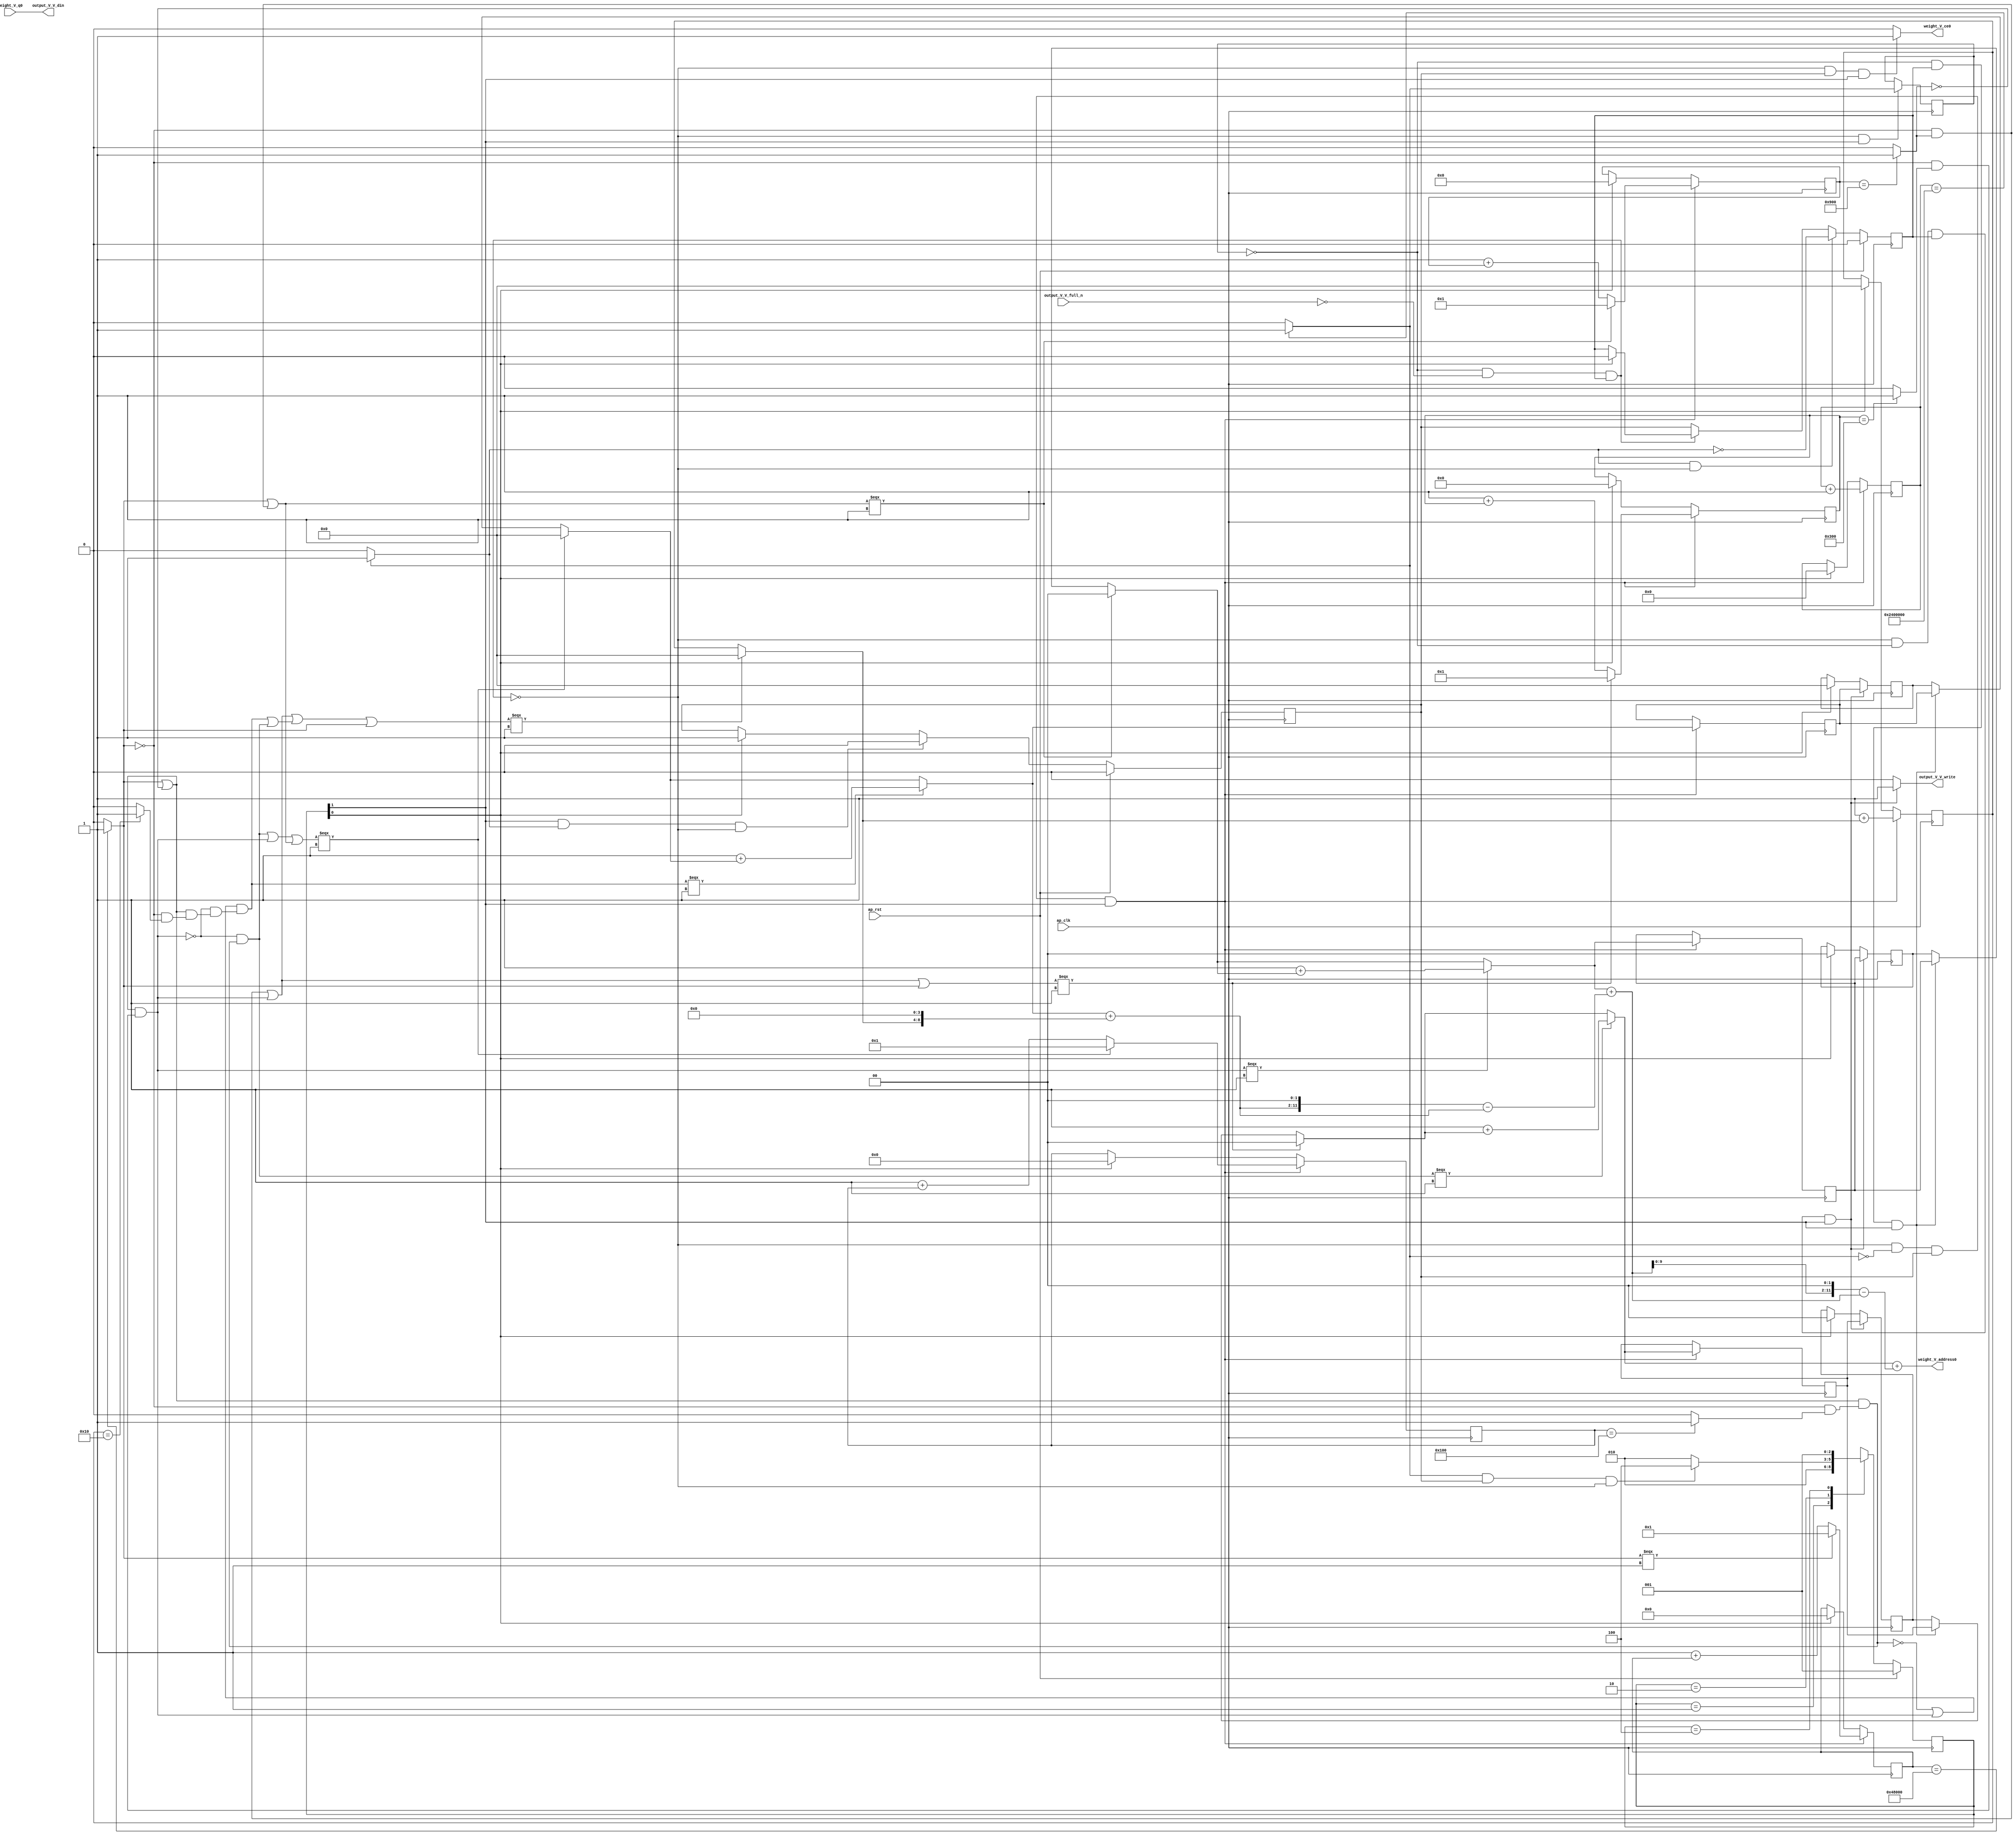
// ==============================================================
// RTL generated by Vivado(TM) HLS - High-Level Synthesis from C, C++ and SystemC
// Version: 2017.4
// Copyright (C) 1986-2017 Xilinx, Inc. All Rights Reserved.
// 
// ===========================================================

`timescale 1 ns / 1 ps 

(* CORE_GENERATION_INFO="weight_s_6,hls_ip_2017_4,{HLS_INPUT_TYPE=cxx,HLS_INPUT_FLOAT=0,HLS_INPUT_FIXED=1,HLS_INPUT_PART=xczu9eg-ffvb1156-2-e,HLS_INPUT_CLOCK=10.000000,HLS_INPUT_ARCH=others,HLS_SYN_CLOCK=8.593250,HLS_SYN_LAT=37748738,HLS_SYN_TPT=none,HLS_SYN_MEM=0,HLS_SYN_DSP=0,HLS_SYN_FF=108,HLS_SYN_LUT=826}" *)

module weight_s_6 (
        ap_clk,
        ap_rst,
        output_V_V_din,
        output_V_V_full_n,
        output_V_V_write,
        weight_V_address0,
        weight_V_ce0,
        weight_V_q0
);

parameter    ap_ST_fsm_state1 = 3'd1;
parameter    ap_ST_fsm_pp0_stage0 = 3'd2;
parameter    ap_ST_fsm_state4 = 3'd4;

input   ap_clk;
input   ap_rst;
output  [7:0] output_V_V_din;
input   output_V_V_full_n;
output   output_V_V_write;
output  [11:0] weight_V_address0;
output   weight_V_ce0;
input  [7:0] weight_V_q0;

reg output_V_V_write;
reg weight_V_ce0;

reg    output_V_V_blk_n;
(* fsm_encoding = "none" *) reg   [2:0] ap_CS_fsm;
wire    ap_CS_fsm_pp0_stage0;
reg    ap_enable_reg_pp0_iter1;
wire    ap_block_pp0_stage0;
reg   [0:0] exitcond_flatten4_reg_638;
reg   [25:0] indvar_flatten1_reg_126;
reg   [19:0] indvar_flatten2_reg_137;
reg   [11:0] indvar_flatten3_reg_148;
reg   [1:0] hkern_reg_159;
reg   [10:0] indvar_flatten4_reg_170;
reg   [1:0] wkern_reg_181;
reg   [9:0] indvar_flatten_reg_192;
reg   [4:0] pkern_reg_203;
reg   [4:0] pout_reg_214;
wire   [0:0] exitcond_flatten4_fu_225_p2;
wire    ap_block_state2_pp0_stage0_iter0;
reg    ap_block_state3_pp0_stage0_iter1;
reg    ap_block_pp0_stage0_11001;
wire   [25:0] indvar_flatten_next4_fu_231_p2;
reg    ap_enable_reg_pp0_iter0;
wire   [1:0] tmp_mid2_fu_367_p3;
reg   [1:0] tmp_mid2_reg_647;
wire   [1:0] tmp_2_mid2_fu_423_p3;
reg   [1:0] tmp_2_mid2_reg_652;
wire   [4:0] tmp_4_mid2_fu_485_p3;
reg   [4:0] tmp_4_mid2_reg_657;
wire   [4:0] pout_1_fu_576_p2;
wire   [9:0] indvar_flatten_next_fu_588_p3;
wire   [10:0] indvar_flatten_next1_fu_602_p3;
wire   [11:0] indvar_flatten_next2_fu_616_p3;
wire   [19:0] indvar_flatten_next3_fu_630_p3;
wire    ap_CS_fsm_state1;
reg    ap_block_pp0_stage0_subdone;
reg    ap_condition_pp0_exit_iter0_state2;
reg   [1:0] ap_phi_mux_hkern_phi_fu_163_p4;
reg   [1:0] ap_phi_mux_wkern_phi_fu_185_p4;
reg   [4:0] ap_phi_mux_pkern_phi_fu_207_p4;
wire   [63:0] tmp_22_cast_fu_571_p1;
reg    ap_block_pp0_stage0_01001;
wire   [0:0] exitcond_flatten_fu_237_p2;
wire   [0:0] exitcond_fu_249_p2;
wire   [0:0] not_exitcond_flatten_fu_243_p2;
wire   [0:0] exitcond_flatten1_fu_261_p2;
wire   [0:0] exitcond_flatten2_fu_273_p2;
wire   [0:0] exitcond_flatten3_fu_285_p2;
wire   [0:0] exitcond_flatten39_m_fu_291_p2;
wire   [0:0] tmp_3_fu_297_p2;
wire   [0:0] exitcond_flatten39_n_fu_311_p2;
wire   [0:0] exitcond_mid_fu_255_p2;
wire   [0:0] not_exitcond_flatten_1_fu_317_p2;
wire   [0:0] exitcond_flatten_mid_fu_267_p2;
wire   [0:0] exitcond_flatten15_m_fu_279_p2;
wire   [1:0] hkern_mid_fu_303_p3;
wire   [0:0] exitcond_flatten15_m_1_fu_335_p2;
wire   [0:0] tmp_8_fu_347_p2;
wire   [0:0] tmp_fu_353_p2;
wire   [1:0] hkern_1_fu_341_p2;
wire   [0:0] exitcond_mid1_fu_323_p2;
wire   [0:0] not_exitcond_flatten_2_fu_379_p2;
wire   [0:0] exitcond_flatten_mid_3_fu_329_p2;
wire   [1:0] wkern_mid1_fu_359_p3;
wire   [0:0] exitcond_flatten_mid_4_fu_391_p2;
wire   [0:0] tmp_s_fu_403_p2;
wire   [0:0] tmp_2_fu_409_p2;
wire   [1:0] wkern_1_fu_397_p2;
wire   [0:0] exitcond_flatten_mid_5_fu_435_p2;
wire   [0:0] exitcond_mid2_fu_385_p2;
wire   [0:0] not_exitcond_flatten_3_fu_441_p2;
wire   [4:0] pkern_mid1_fu_415_p3;
wire   [0:0] exitcond_mid3_fu_447_p2;
wire   [0:0] tmp_4_fu_459_p2;
wire   [0:0] tmp_5_fu_465_p2;
wire   [0:0] tmp_6_fu_471_p2;
wire   [4:0] pkern_1_fu_453_p2;
wire   [4:0] pout_mid2_fu_477_p3;
wire   [8:0] tmp_7_fu_497_p3;
wire   [9:0] tmp_4_mid2_cast_fu_493_p1;
wire   [9:0] tmp_15_cast_fu_505_p1;
wire   [9:0] tmp_9_fu_509_p2;
wire   [11:0] tmp_10_fu_519_p3;
wire   [63:0] p_shl9_fu_527_p1;
wire   [63:0] tmp_16_cast_fu_515_p1;
wire   [63:0] tmp_mid2_cast_fu_375_p1;
wire   [63:0] tmp_11_fu_531_p2;
wire   [63:0] tmp_12_fu_537_p2;
wire   [10:0] tmp_14_fu_547_p1;
wire   [12:0] p_shl_cast_fu_551_p3;
wire   [12:0] tmp_13_fu_543_p1;
wire   [12:0] tmp_2_mid2_cast_fu_431_p1;
wire   [12:0] tmp_15_fu_559_p2;
wire   [12:0] tmp_16_fu_565_p2;
wire   [9:0] indvar_flatten_op_fu_582_p2;
wire   [10:0] indvar_flatten13_op_fu_596_p2;
wire   [11:0] indvar_flatten37_op_fu_610_p2;
wire   [19:0] indvar_flatten71_op_fu_624_p2;
reg   [2:0] ap_NS_fsm;
reg    ap_idle_pp0;
wire    ap_enable_pp0;

// power-on initialization
initial begin
#0 ap_CS_fsm = 3'd1;
#0 ap_enable_reg_pp0_iter1 = 1'b0;
#0 ap_enable_reg_pp0_iter0 = 1'b0;
end

always @ (posedge ap_clk) begin
    if (ap_rst == 1'b1) begin
        ap_CS_fsm <= ap_ST_fsm_state1;
    end else begin
        ap_CS_fsm <= ap_NS_fsm;
    end
end

always @ (posedge ap_clk) begin
    if (ap_rst == 1'b1) begin
        ap_enable_reg_pp0_iter0 <= 1'b0;
    end else begin
        if (((1'b1 == ap_CS_fsm_pp0_stage0) & (1'b1 == ap_condition_pp0_exit_iter0_state2) & (1'b0 == ap_block_pp0_stage0_subdone))) begin
            ap_enable_reg_pp0_iter0 <= 1'b0;
        end else if ((1'b1 == ap_CS_fsm_state1)) begin
            ap_enable_reg_pp0_iter0 <= 1'b1;
        end
    end
end

always @ (posedge ap_clk) begin
    if (ap_rst == 1'b1) begin
        ap_enable_reg_pp0_iter1 <= 1'b0;
    end else begin
        if (((1'b1 == ap_condition_pp0_exit_iter0_state2) & (1'b0 == ap_block_pp0_stage0_subdone))) begin
            ap_enable_reg_pp0_iter1 <= (1'b1 ^ ap_condition_pp0_exit_iter0_state2);
        end else if ((1'b0 == ap_block_pp0_stage0_subdone)) begin
            ap_enable_reg_pp0_iter1 <= ap_enable_reg_pp0_iter0;
        end else if ((1'b1 == ap_CS_fsm_state1)) begin
            ap_enable_reg_pp0_iter1 <= 1'b0;
        end
    end
end

always @ (posedge ap_clk) begin
    if (((1'b0 == ap_block_pp0_stage0_11001) & (exitcond_flatten4_reg_638 == 1'd0) & (ap_enable_reg_pp0_iter1 == 1'b1) & (1'b1 == ap_CS_fsm_pp0_stage0))) begin
        hkern_reg_159 <= tmp_mid2_reg_647;
    end else if ((1'b1 == ap_CS_fsm_state1)) begin
        hkern_reg_159 <= 2'd0;
    end
end

always @ (posedge ap_clk) begin
    if (((1'b0 == ap_block_pp0_stage0_11001) & (exitcond_flatten4_fu_225_p2 == 1'd0) & (ap_enable_reg_pp0_iter0 == 1'b1) & (1'b1 == ap_CS_fsm_pp0_stage0))) begin
        indvar_flatten1_reg_126 <= indvar_flatten_next4_fu_231_p2;
    end else if ((1'b1 == ap_CS_fsm_state1)) begin
        indvar_flatten1_reg_126 <= 26'd0;
    end
end

always @ (posedge ap_clk) begin
    if (((1'b0 == ap_block_pp0_stage0_11001) & (exitcond_flatten4_fu_225_p2 == 1'd0) & (ap_enable_reg_pp0_iter0 == 1'b1) & (1'b1 == ap_CS_fsm_pp0_stage0))) begin
        indvar_flatten2_reg_137 <= indvar_flatten_next3_fu_630_p3;
    end else if ((1'b1 == ap_CS_fsm_state1)) begin
        indvar_flatten2_reg_137 <= 20'd0;
    end
end

always @ (posedge ap_clk) begin
    if (((1'b0 == ap_block_pp0_stage0_11001) & (exitcond_flatten4_fu_225_p2 == 1'd0) & (ap_enable_reg_pp0_iter0 == 1'b1) & (1'b1 == ap_CS_fsm_pp0_stage0))) begin
        indvar_flatten3_reg_148 <= indvar_flatten_next2_fu_616_p3;
    end else if ((1'b1 == ap_CS_fsm_state1)) begin
        indvar_flatten3_reg_148 <= 12'd0;
    end
end

always @ (posedge ap_clk) begin
    if (((1'b0 == ap_block_pp0_stage0_11001) & (exitcond_flatten4_fu_225_p2 == 1'd0) & (ap_enable_reg_pp0_iter0 == 1'b1) & (1'b1 == ap_CS_fsm_pp0_stage0))) begin
        indvar_flatten4_reg_170 <= indvar_flatten_next1_fu_602_p3;
    end else if ((1'b1 == ap_CS_fsm_state1)) begin
        indvar_flatten4_reg_170 <= 11'd0;
    end
end

always @ (posedge ap_clk) begin
    if (((1'b0 == ap_block_pp0_stage0_11001) & (exitcond_flatten4_fu_225_p2 == 1'd0) & (ap_enable_reg_pp0_iter0 == 1'b1) & (1'b1 == ap_CS_fsm_pp0_stage0))) begin
        indvar_flatten_reg_192 <= indvar_flatten_next_fu_588_p3;
    end else if ((1'b1 == ap_CS_fsm_state1)) begin
        indvar_flatten_reg_192 <= 10'd0;
    end
end

always @ (posedge ap_clk) begin
    if (((1'b0 == ap_block_pp0_stage0_11001) & (exitcond_flatten4_reg_638 == 1'd0) & (ap_enable_reg_pp0_iter1 == 1'b1) & (1'b1 == ap_CS_fsm_pp0_stage0))) begin
        pkern_reg_203 <= tmp_4_mid2_reg_657;
    end else if ((1'b1 == ap_CS_fsm_state1)) begin
        pkern_reg_203 <= 5'd0;
    end
end

always @ (posedge ap_clk) begin
    if (((1'b0 == ap_block_pp0_stage0_11001) & (exitcond_flatten4_fu_225_p2 == 1'd0) & (ap_enable_reg_pp0_iter0 == 1'b1) & (1'b1 == ap_CS_fsm_pp0_stage0))) begin
        pout_reg_214 <= pout_1_fu_576_p2;
    end else if ((1'b1 == ap_CS_fsm_state1)) begin
        pout_reg_214 <= 5'd0;
    end
end

always @ (posedge ap_clk) begin
    if (((1'b0 == ap_block_pp0_stage0_11001) & (exitcond_flatten4_reg_638 == 1'd0) & (ap_enable_reg_pp0_iter1 == 1'b1) & (1'b1 == ap_CS_fsm_pp0_stage0))) begin
        wkern_reg_181 <= tmp_2_mid2_reg_652;
    end else if ((1'b1 == ap_CS_fsm_state1)) begin
        wkern_reg_181 <= 2'd0;
    end
end

always @ (posedge ap_clk) begin
    if (((1'b0 == ap_block_pp0_stage0_11001) & (1'b1 == ap_CS_fsm_pp0_stage0))) begin
        exitcond_flatten4_reg_638 <= exitcond_flatten4_fu_225_p2;
    end
end

always @ (posedge ap_clk) begin
    if (((1'b0 == ap_block_pp0_stage0_11001) & (exitcond_flatten4_fu_225_p2 == 1'd0) & (ap_enable_reg_pp0_iter0 == 1'b1) & (1'b1 == ap_CS_fsm_pp0_stage0))) begin
        tmp_2_mid2_reg_652 <= tmp_2_mid2_fu_423_p3;
        tmp_4_mid2_reg_657 <= tmp_4_mid2_fu_485_p3;
        tmp_mid2_reg_647 <= tmp_mid2_fu_367_p3;
    end
end

always @ (*) begin
    if ((exitcond_flatten4_fu_225_p2 == 1'd1)) begin
        ap_condition_pp0_exit_iter0_state2 = 1'b1;
    end else begin
        ap_condition_pp0_exit_iter0_state2 = 1'b0;
    end
end

always @ (*) begin
    if (((ap_enable_reg_pp0_iter0 == 1'b0) & (ap_enable_reg_pp0_iter1 == 1'b0))) begin
        ap_idle_pp0 = 1'b1;
    end else begin
        ap_idle_pp0 = 1'b0;
    end
end

always @ (*) begin
    if (((exitcond_flatten4_reg_638 == 1'd0) & (1'b0 == ap_block_pp0_stage0) & (ap_enable_reg_pp0_iter1 == 1'b1) & (1'b1 == ap_CS_fsm_pp0_stage0))) begin
        ap_phi_mux_hkern_phi_fu_163_p4 = tmp_mid2_reg_647;
    end else begin
        ap_phi_mux_hkern_phi_fu_163_p4 = hkern_reg_159;
    end
end

always @ (*) begin
    if (((exitcond_flatten4_reg_638 == 1'd0) & (1'b0 == ap_block_pp0_stage0) & (ap_enable_reg_pp0_iter1 == 1'b1) & (1'b1 == ap_CS_fsm_pp0_stage0))) begin
        ap_phi_mux_pkern_phi_fu_207_p4 = tmp_4_mid2_reg_657;
    end else begin
        ap_phi_mux_pkern_phi_fu_207_p4 = pkern_reg_203;
    end
end

always @ (*) begin
    if (((exitcond_flatten4_reg_638 == 1'd0) & (1'b0 == ap_block_pp0_stage0) & (ap_enable_reg_pp0_iter1 == 1'b1) & (1'b1 == ap_CS_fsm_pp0_stage0))) begin
        ap_phi_mux_wkern_phi_fu_185_p4 = tmp_2_mid2_reg_652;
    end else begin
        ap_phi_mux_wkern_phi_fu_185_p4 = wkern_reg_181;
    end
end

always @ (*) begin
    if (((exitcond_flatten4_reg_638 == 1'd0) & (1'b0 == ap_block_pp0_stage0) & (ap_enable_reg_pp0_iter1 == 1'b1) & (1'b1 == ap_CS_fsm_pp0_stage0))) begin
        output_V_V_blk_n = output_V_V_full_n;
    end else begin
        output_V_V_blk_n = 1'b1;
    end
end

always @ (*) begin
    if (((1'b0 == ap_block_pp0_stage0_11001) & (exitcond_flatten4_reg_638 == 1'd0) & (ap_enable_reg_pp0_iter1 == 1'b1) & (1'b1 == ap_CS_fsm_pp0_stage0))) begin
        output_V_V_write = 1'b1;
    end else begin
        output_V_V_write = 1'b0;
    end
end

always @ (*) begin
    if (((1'b0 == ap_block_pp0_stage0_11001) & (ap_enable_reg_pp0_iter0 == 1'b1) & (1'b1 == ap_CS_fsm_pp0_stage0))) begin
        weight_V_ce0 = 1'b1;
    end else begin
        weight_V_ce0 = 1'b0;
    end
end

always @ (*) begin
    case (ap_CS_fsm)
        ap_ST_fsm_state1 : begin
            ap_NS_fsm = ap_ST_fsm_pp0_stage0;
        end
        ap_ST_fsm_pp0_stage0 : begin
            if (~((exitcond_flatten4_fu_225_p2 == 1'd1) & (ap_enable_reg_pp0_iter0 == 1'b1) & (1'b0 == ap_block_pp0_stage0_subdone))) begin
                ap_NS_fsm = ap_ST_fsm_pp0_stage0;
            end else if (((exitcond_flatten4_fu_225_p2 == 1'd1) & (ap_enable_reg_pp0_iter0 == 1'b1) & (1'b0 == ap_block_pp0_stage0_subdone))) begin
                ap_NS_fsm = ap_ST_fsm_state4;
            end else begin
                ap_NS_fsm = ap_ST_fsm_pp0_stage0;
            end
        end
        ap_ST_fsm_state4 : begin
            ap_NS_fsm = ap_ST_fsm_state1;
        end
        default : begin
            ap_NS_fsm = 'bx;
        end
    endcase
end

assign ap_CS_fsm_pp0_stage0 = ap_CS_fsm[32'd1];

assign ap_CS_fsm_state1 = ap_CS_fsm[32'd0];

assign ap_block_pp0_stage0 = ~(1'b1 == 1'b1);

always @ (*) begin
    ap_block_pp0_stage0_01001 = ((exitcond_flatten4_reg_638 == 1'd0) & (output_V_V_full_n == 1'b0) & (ap_enable_reg_pp0_iter1 == 1'b1));
end

always @ (*) begin
    ap_block_pp0_stage0_11001 = ((exitcond_flatten4_reg_638 == 1'd0) & (output_V_V_full_n == 1'b0) & (ap_enable_reg_pp0_iter1 == 1'b1));
end

always @ (*) begin
    ap_block_pp0_stage0_subdone = ((exitcond_flatten4_reg_638 == 1'd0) & (output_V_V_full_n == 1'b0) & (ap_enable_reg_pp0_iter1 == 1'b1));
end

assign ap_block_state2_pp0_stage0_iter0 = ~(1'b1 == 1'b1);

always @ (*) begin
    ap_block_state3_pp0_stage0_iter1 = ((exitcond_flatten4_reg_638 == 1'd0) & (output_V_V_full_n == 1'b0));
end

assign ap_enable_pp0 = (ap_idle_pp0 ^ 1'b1);

assign exitcond_flatten15_m_1_fu_335_p2 = (not_exitcond_flatten_1_fu_317_p2 & exitcond_flatten15_m_fu_279_p2);

assign exitcond_flatten15_m_fu_279_p2 = (not_exitcond_flatten_fu_243_p2 & exitcond_flatten2_fu_273_p2);

assign exitcond_flatten1_fu_261_p2 = ((indvar_flatten_reg_192 == 10'd256) ? 1'b1 : 1'b0);

assign exitcond_flatten2_fu_273_p2 = ((indvar_flatten4_reg_170 == 11'd768) ? 1'b1 : 1'b0);

assign exitcond_flatten39_m_fu_291_p2 = (not_exitcond_flatten_fu_243_p2 & exitcond_flatten3_fu_285_p2);

assign exitcond_flatten39_n_fu_311_p2 = (exitcond_flatten3_fu_285_p2 ^ 1'd1);

assign exitcond_flatten3_fu_285_p2 = ((indvar_flatten3_reg_148 == 12'd2304) ? 1'b1 : 1'b0);

assign exitcond_flatten4_fu_225_p2 = ((indvar_flatten1_reg_126 == 26'd37748736) ? 1'b1 : 1'b0);

assign exitcond_flatten_fu_237_p2 = ((indvar_flatten2_reg_137 == 20'd294912) ? 1'b1 : 1'b0);

assign exitcond_flatten_mid_3_fu_329_p2 = (not_exitcond_flatten_1_fu_317_p2 & exitcond_flatten_mid_fu_267_p2);

assign exitcond_flatten_mid_4_fu_391_p2 = (not_exitcond_flatten_2_fu_379_p2 & exitcond_flatten_mid_3_fu_329_p2);

assign exitcond_flatten_mid_5_fu_435_p2 = (exitcond_flatten_mid_3_fu_329_p2 ^ 1'd1);

assign exitcond_flatten_mid_fu_267_p2 = (not_exitcond_flatten_fu_243_p2 & exitcond_flatten1_fu_261_p2);

assign exitcond_fu_249_p2 = ((pout_reg_214 == 5'd16) ? 1'b1 : 1'b0);

assign exitcond_mid1_fu_323_p2 = (not_exitcond_flatten_1_fu_317_p2 & exitcond_mid_fu_255_p2);

assign exitcond_mid2_fu_385_p2 = (not_exitcond_flatten_2_fu_379_p2 & exitcond_mid1_fu_323_p2);

assign exitcond_mid3_fu_447_p2 = (not_exitcond_flatten_3_fu_441_p2 & exitcond_mid2_fu_385_p2);

assign exitcond_mid_fu_255_p2 = (not_exitcond_flatten_fu_243_p2 & exitcond_fu_249_p2);

assign hkern_1_fu_341_p2 = (2'd1 + hkern_mid_fu_303_p3);

assign hkern_mid_fu_303_p3 = ((tmp_3_fu_297_p2[0:0] === 1'b1) ? 2'd0 : ap_phi_mux_hkern_phi_fu_163_p4);

assign indvar_flatten13_op_fu_596_p2 = (11'd1 + indvar_flatten4_reg_170);

assign indvar_flatten37_op_fu_610_p2 = (12'd1 + indvar_flatten3_reg_148);

assign indvar_flatten71_op_fu_624_p2 = (20'd1 + indvar_flatten2_reg_137);

assign indvar_flatten_next1_fu_602_p3 = ((tmp_fu_353_p2[0:0] === 1'b1) ? 11'd1 : indvar_flatten13_op_fu_596_p2);

assign indvar_flatten_next2_fu_616_p3 = ((tmp_3_fu_297_p2[0:0] === 1'b1) ? 12'd1 : indvar_flatten37_op_fu_610_p2);

assign indvar_flatten_next3_fu_630_p3 = ((exitcond_flatten_fu_237_p2[0:0] === 1'b1) ? 20'd1 : indvar_flatten71_op_fu_624_p2);

assign indvar_flatten_next4_fu_231_p2 = (indvar_flatten1_reg_126 + 26'd1);

assign indvar_flatten_next_fu_588_p3 = ((tmp_2_fu_409_p2[0:0] === 1'b1) ? 10'd1 : indvar_flatten_op_fu_582_p2);

assign indvar_flatten_op_fu_582_p2 = (10'd1 + indvar_flatten_reg_192);

assign not_exitcond_flatten_1_fu_317_p2 = (exitcond_flatten_fu_237_p2 | exitcond_flatten39_n_fu_311_p2);

assign not_exitcond_flatten_2_fu_379_p2 = (exitcond_flatten15_m_1_fu_335_p2 ^ 1'd1);

assign not_exitcond_flatten_3_fu_441_p2 = (exitcond_flatten_mid_5_fu_435_p2 | exitcond_flatten15_m_1_fu_335_p2);

assign not_exitcond_flatten_fu_243_p2 = (exitcond_flatten_fu_237_p2 ^ 1'd1);

assign output_V_V_din = weight_V_q0;

assign p_shl9_fu_527_p1 = tmp_10_fu_519_p3;

assign p_shl_cast_fu_551_p3 = {{tmp_14_fu_547_p1}, {2'd0}};

assign pkern_1_fu_453_p2 = (5'd1 + pkern_mid1_fu_415_p3);

assign pkern_mid1_fu_415_p3 = ((tmp_2_fu_409_p2[0:0] === 1'b1) ? 5'd0 : ap_phi_mux_pkern_phi_fu_207_p4);

assign pout_1_fu_576_p2 = (5'd1 + pout_mid2_fu_477_p3);

assign pout_mid2_fu_477_p3 = ((tmp_6_fu_471_p2[0:0] === 1'b1) ? 5'd0 : pout_reg_214);

assign tmp_10_fu_519_p3 = {{tmp_9_fu_509_p2}, {2'd0}};

assign tmp_11_fu_531_p2 = (p_shl9_fu_527_p1 - tmp_16_cast_fu_515_p1);

assign tmp_12_fu_537_p2 = (tmp_mid2_cast_fu_375_p1 + tmp_11_fu_531_p2);

assign tmp_13_fu_543_p1 = tmp_12_fu_537_p2[12:0];

assign tmp_14_fu_547_p1 = tmp_12_fu_537_p2[10:0];

assign tmp_15_cast_fu_505_p1 = tmp_7_fu_497_p3;

assign tmp_15_fu_559_p2 = (p_shl_cast_fu_551_p3 - tmp_13_fu_543_p1);

assign tmp_16_cast_fu_515_p1 = tmp_9_fu_509_p2;

assign tmp_16_fu_565_p2 = (tmp_2_mid2_cast_fu_431_p1 + tmp_15_fu_559_p2);

assign tmp_22_cast_fu_571_p1 = tmp_16_fu_565_p2;

assign tmp_2_fu_409_p2 = (tmp_s_fu_403_p2 | tmp_3_fu_297_p2);

assign tmp_2_mid2_cast_fu_431_p1 = tmp_2_mid2_fu_423_p3;

assign tmp_2_mid2_fu_423_p3 = ((exitcond_flatten_mid_4_fu_391_p2[0:0] === 1'b1) ? wkern_1_fu_397_p2 : wkern_mid1_fu_359_p3);

assign tmp_3_fu_297_p2 = (exitcond_flatten_fu_237_p2 | exitcond_flatten39_m_fu_291_p2);

assign tmp_4_fu_459_p2 = (exitcond_mid3_fu_447_p2 | exitcond_flatten_mid_4_fu_391_p2);

assign tmp_4_mid2_cast_fu_493_p1 = tmp_4_mid2_fu_485_p3;

assign tmp_4_mid2_fu_485_p3 = ((exitcond_mid3_fu_447_p2[0:0] === 1'b1) ? pkern_1_fu_453_p2 : pkern_mid1_fu_415_p3);

assign tmp_5_fu_465_p2 = (tmp_8_fu_347_p2 | tmp_4_fu_459_p2);

assign tmp_6_fu_471_p2 = (tmp_5_fu_465_p2 | exitcond_flatten_fu_237_p2);

assign tmp_7_fu_497_p3 = {{pout_mid2_fu_477_p3}, {4'd0}};

assign tmp_8_fu_347_p2 = (exitcond_flatten39_m_fu_291_p2 | exitcond_flatten15_m_1_fu_335_p2);

assign tmp_9_fu_509_p2 = (tmp_4_mid2_cast_fu_493_p1 + tmp_15_cast_fu_505_p1);

assign tmp_fu_353_p2 = (tmp_8_fu_347_p2 | exitcond_flatten_fu_237_p2);

assign tmp_mid2_cast_fu_375_p1 = tmp_mid2_fu_367_p3;

assign tmp_mid2_fu_367_p3 = ((exitcond_flatten15_m_1_fu_335_p2[0:0] === 1'b1) ? hkern_1_fu_341_p2 : hkern_mid_fu_303_p3);

assign tmp_s_fu_403_p2 = (exitcond_flatten_mid_4_fu_391_p2 | exitcond_flatten15_m_1_fu_335_p2);

assign weight_V_address0 = tmp_22_cast_fu_571_p1;

assign wkern_1_fu_397_p2 = (2'd1 + wkern_mid1_fu_359_p3);

assign wkern_mid1_fu_359_p3 = ((tmp_fu_353_p2[0:0] === 1'b1) ? 2'd0 : ap_phi_mux_wkern_phi_fu_185_p4);

endmodule //weight_s_6